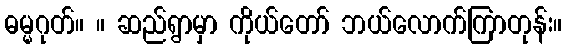
ဓမ္မဂုတ်။ ။ ဆည်ရွာမှာ ကိုယ်တော် ဘယ်လောက်ကြာတုန်း။